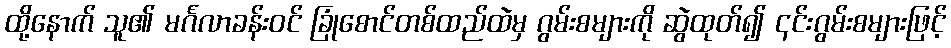
ထို့နောက် သူ၏ မင်္ဂလာခန်းဝင် ခြုံစောင်တစ်ထည်ထဲမှ ဂွမ်းစများကို ဆွဲထုတ်၍ ၎င်းဂွမ်းစများဖြင့်